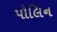
પૌલિન